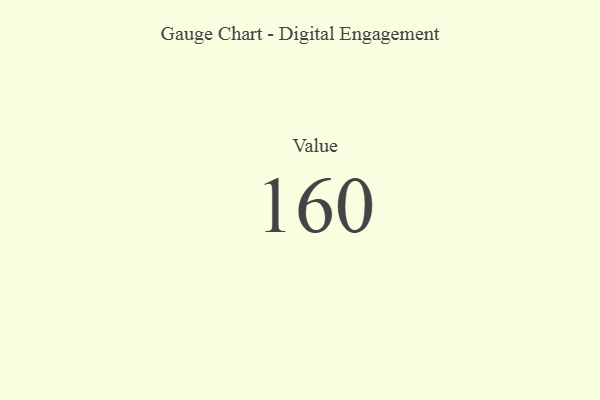
{"axis": {"x": "Metric", "y": "Value"}, "legend": [""], "data": [{"x": "Value", "y": 160, "type": ""}]}